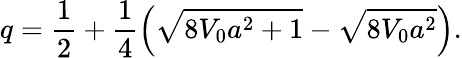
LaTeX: q=\frac{1}{2}+\frac{1}{4}\left(\sqrt{8V_{0}a^{2}+1}-\sqrt{8V_{0}a^{2}}\right).